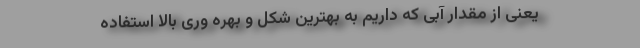
یعنی از مقدار آبی که داریم به بهترین شکل و بهره وری بالا استفاده